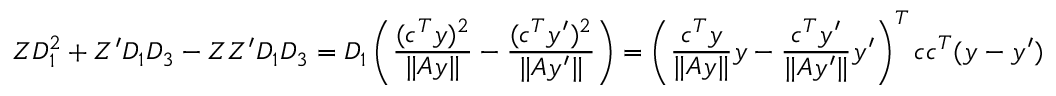
Z D _ { 1 } ^ { 2 } + Z ^ { \prime } D _ { 1 } D _ { 3 } - Z Z ^ { \prime } D _ { 1 } D _ { 3 } = D _ { 1 } \left( \frac { ( c ^ { T } y ) ^ { 2 } } { \| A y \| } - \frac { ( c ^ { T } y ^ { \prime } ) ^ { 2 } } { \| A y ^ { \prime } \| } \right) = \left( \frac { c ^ { T } y } { \| A y \| } y - \frac { c ^ { T } y ^ { \prime } } { \| A y ^ { \prime } \| } y ^ { \prime } \right) ^ { T } c c ^ { T } ( y - y ^ { \prime } )